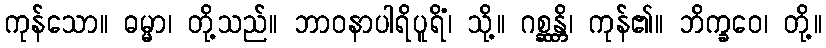
ကုန်သော။ ဓမ္မာ၊ တို့သည်။ ဘာဝနာပါရိပူရိံ၊ သို့။ ဂစ္ဆန္တိ၊ ကုန်၏။ ဘိက္ခဝေ၊ တို့။